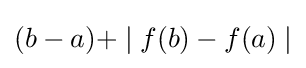
(b-a)+\mid f(b)-f(a)\mid